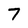
Character: 7